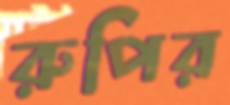
রুপির